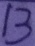
1 3